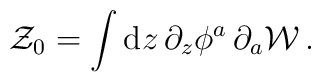
{\cal Z}_0=\int  {\rm d} z\, \partial_z \phi^a \,\partial_a {\cal W}\,.